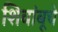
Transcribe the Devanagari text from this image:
शिवांबूचे